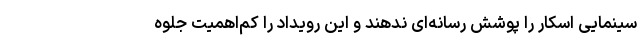
سینمایی اسکار را پوشش رسانه‌ای ندهند و این رویداد را کم‌اهمیت جلوه